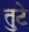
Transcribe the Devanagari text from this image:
तुटे